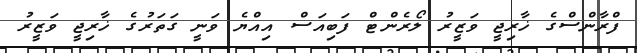
ފްރާންސްގެ ޚާރިޖީ ވަޒީރު ލޯރެންޓް ފަބިއަސް އިއްޔެ ވަނީ ގަތަރުގެ ޚާރިޖީ ވަޒީރު